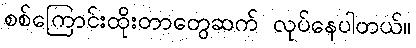
စစ်ကြောင်းထိုးတာတွေဆက် လုပ်နေပါတယ်။